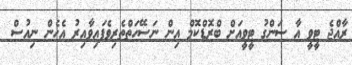
ރާއްޖެ ޓީވީ އާ ސަންގު ޓީވީއަށް ބްރޮޑްކޮމް އިން ނަސޭހަތްތެރިވެފައިވާއިރު އެހެން ނިއުސް